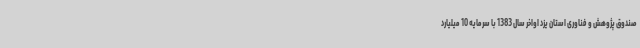
صندوق پژوهش و فناوری استان یزد اواخر سال 1383 با سرمایه 10 میلیارد